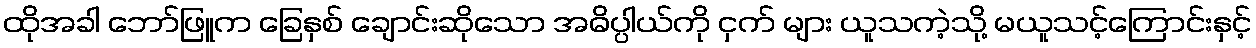
ထိုအခါ ဘော်ဖြူက ခြေနှစ် ချောင်းဆိုသော အဓိပ္ပါယ်ကို ငှက် များ ယူသကဲ့သို့ မယူသင့်ကြောင်းနှင့်